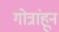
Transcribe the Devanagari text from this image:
गोत्रांहून